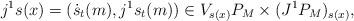
LaTeX: \begin{align*}j^1s(x)=(\dot s_t(m),j^1s_t(m))\in V_{s(x)}P_M\times (J^1P_M)_{s(x)},\end{align*}